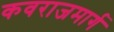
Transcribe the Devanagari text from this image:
कवराजमार्ग